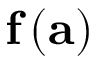
\mathbf { f } \left( \mathbf { a } \right)